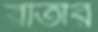
রাতার